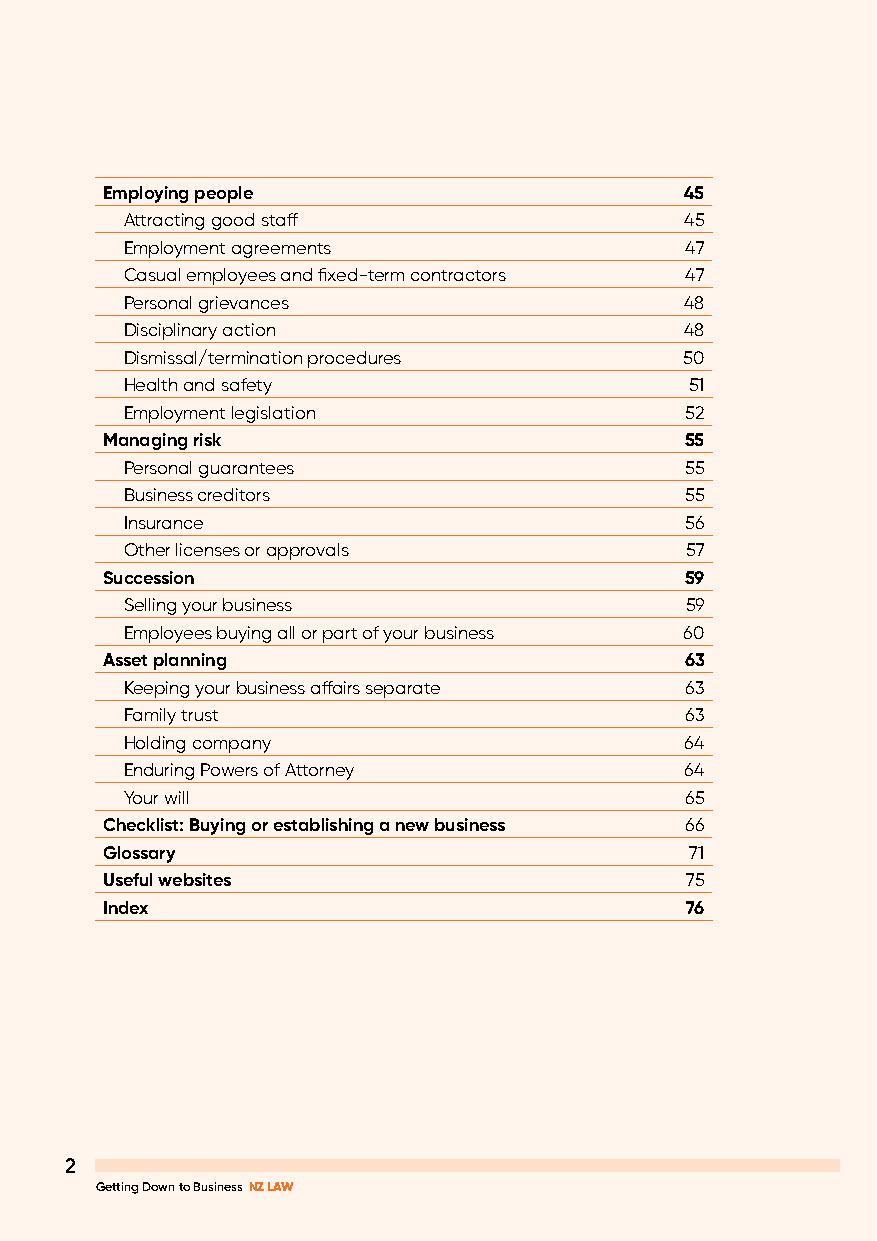
Employing people                      45
 Attracting good staff                45
 Employment agreements                47
 Casual employees and fixed-term contractors 47
 Personal grievances                  48
 Disciplinary action                  48
 Dismissal/termination procedures     50
 Health and safety                     51
 Employment legislation               52
 Managing risk                         55
 Personal guarantees                  55
 Business creditors                   55
 Insurance                            56
 Other licenses or approvals          57
 Succession                            59
 Selling your business                59
 Employees buying all or part of your business 60
 Asset planning                        63
 Keeping your business affairs separate 63
 Family trust                         63
 Holding company                      64
 Enduring Powers of Attorney          64
 Your will                            65
 Checklist: Buying or establishing a new business 66
 Glossary                               71
 Useful websites                       75
 Index                                 76
 22
 Getting Down to Business NZ LAW